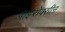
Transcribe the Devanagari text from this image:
पाइरोक्सीन